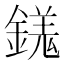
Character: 𨪢